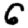
Digit: 6